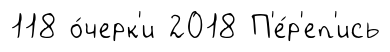
118 о́черк'и 2018 П'е́р'еп'ись